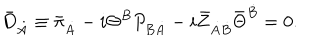
\bar { D } _ { \dot { A } } \equiv \bar { \pi } _ { \dot { A } } - i \Theta ^ { B } P _ { B \dot { A } } - i \bar { Z } _ { \dot { A } \dot { B } } \bar { \Theta } ^ { \dot { B } } = 0 .